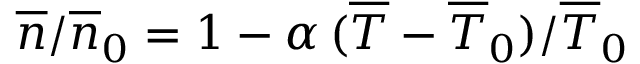
\overline { { n } } / \overline { { n } } _ { 0 } = 1 - \alpha \, ( \overline { { T } } - \overline { { T } } _ { 0 } ) / \overline { { T } } _ { 0 }